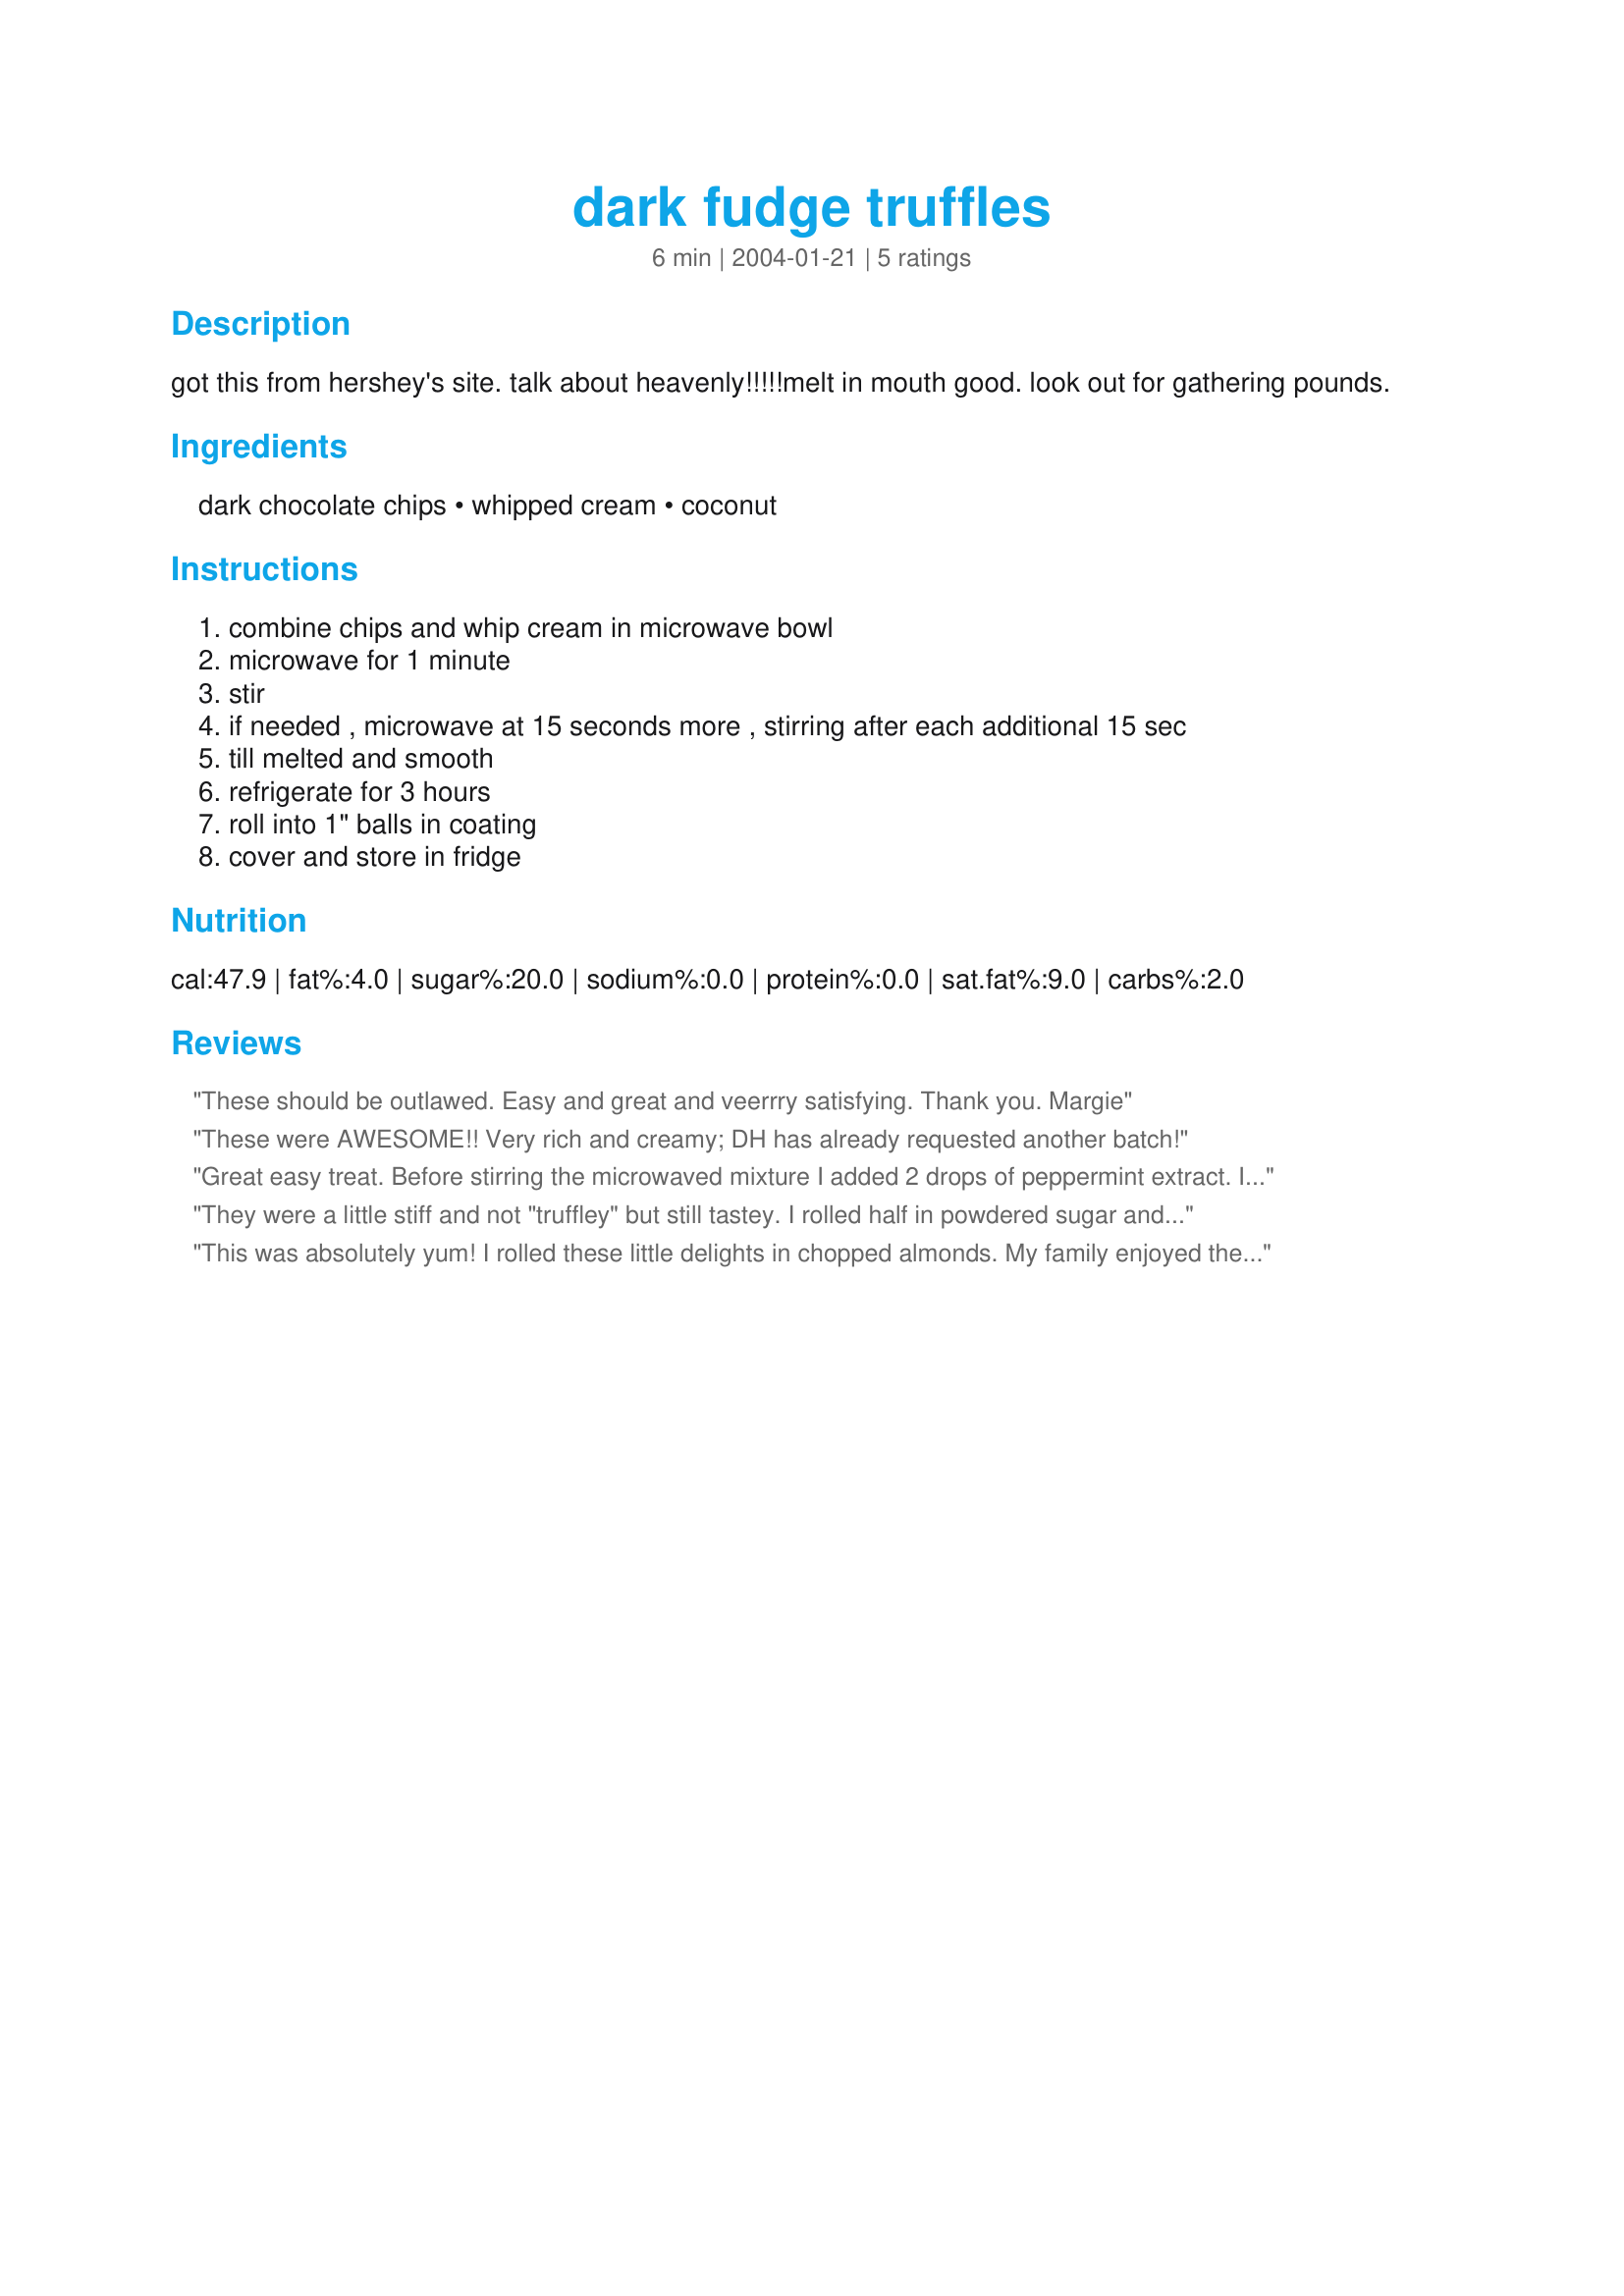
dark fudge truffles
Preparation time: 6 minutes

got this from hershey's site. talk about heavenly!!!!!melt in mouth good. look out for gathering pounds.

Ingredients:
dark chocolate chips, whipped cream, coconut

Steps:
combine chips and whip cream in microwave bowl, microwave for 1 minute, stir, if needed , microwave at 15 seconds more , stirring after each additional 15 sec, till melted and smooth, refrigerate for 3 hours, roll into 1" balls in coating, cover and store in fridge

Reviews:
These should be outlawed.
Easy and great and veerrry satisfying.
Thank you. Margie
These were AWESOME!! Very rich and creamy; DH has already requested another batch!
Great easy treat. Before stirring the microwaved mixture I added 2 drops of peppermint extract. I rolled the balls in a mixture of powdered sugar and a little cocoa powder. It made mild minty truffles. Great for an after dinner mint.
They were a little stiff and not "truffley" but still tastey. I rolled half in powdered sugar and half in chocolate sprinkles. I also dipped a few in some chocolate or coated them in shaved chocolate.
This was absolutely yum! I rolled these little delights in chopped almonds. My family enjoyed them! Thanks so much for a simple and easy to fix treat! Will make again!
